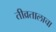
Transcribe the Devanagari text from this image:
तीव्रतालाचा